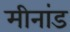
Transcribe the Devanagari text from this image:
मीनांड